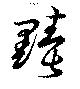
黷